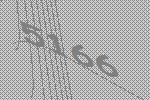
5166